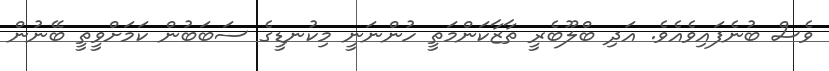
ވެސް ބުނެފައިވެއެވެ. އަދި ބްލޫބެރީ ތާޒާކަންމަތީ ހުންނަނީ މިކުނޑީގެ ސަބަބުން ކަމަށްވީތީ ބޭނުން